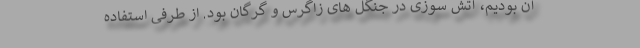
آن بودیم، آتش سوزی در جنگل های زاگرس و گرگان بود. از طرفی استفاده